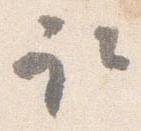
取